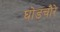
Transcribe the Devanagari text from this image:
घोडचौरे